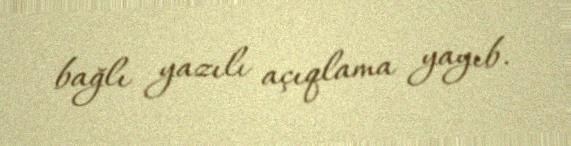
bağlı yazılı açıqlama yayıb.